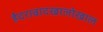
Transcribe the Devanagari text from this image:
हैदराबादखालोखाल